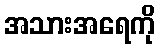
အသားအရေကို